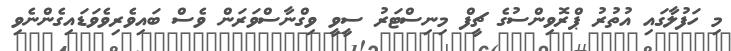
މި ހަފުލާގައި އުތުރު ޕްރޮވިންސުގެ ޗީފް މިނިސްޓަރު ސީވީ ވިގްނާސްވަރަން ވެސް ބައިވެރިވެވަޑައިގެންނެވި